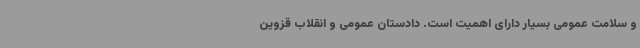
و سلامت عمومی بسیار دارای اهمیت است. دادستان عمومی و انقلاب قزوین